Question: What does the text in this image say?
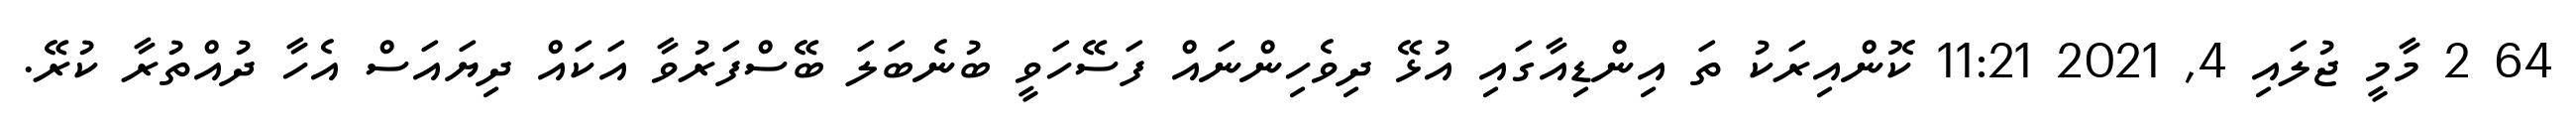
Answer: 64 2 މާމީ ޖުލައި 4, 2021 11:21 ކޮންއިރަކު ތަ އިންޑިއާގައި އުޅޭ ދިވެހިންނައް ފަސޭހަވީ ބުނެބަލަ ބޭސްފަރުވާ އަކައް ދިޔައަސް އެހާ ދުއްތުރާ ކުރޭ.